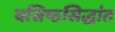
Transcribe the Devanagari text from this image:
वसिष्ठसिद्धांत